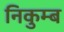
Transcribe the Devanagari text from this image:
निकुम्ब